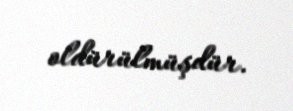
oldürülmüşdür.